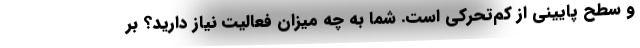
و سطح پایینی از کم‌تحرکی است. شما به چه میزان فعالیت نیاز دارید؟ بر